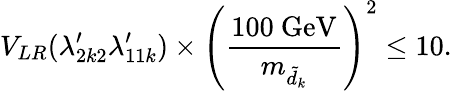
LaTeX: V_{LR}(\lambda_{2k2}^{\prime}\lambda_{11k}^{\prime})\times\left(\frac{100~\mathrm{GeV}}{m_{\tilde{d}_{k}}}\right)^{2}\le 10.